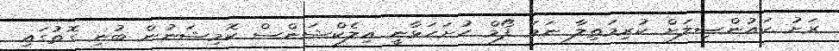
ރަށު ކައުންސިލަށް ކުރިމަތިލާ ނަމަ ފޯމް ހުށަހަޅާނީ އިލެކްޝަންސް ކޮމިޝަނުން ބުނި ގޮތުގައި